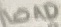
Text: LOAD